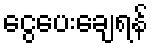
ငွေပေးချေရန်